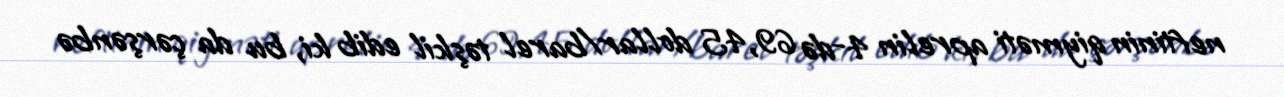
neftinin qiyməti aprelin 4-də 69,45 dollar/barel təşkil edib ki, bu da çərşənbə